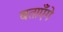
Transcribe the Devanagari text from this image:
बताएँगे